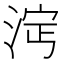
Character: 𣵈